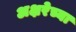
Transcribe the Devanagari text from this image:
अक्षरेच्या